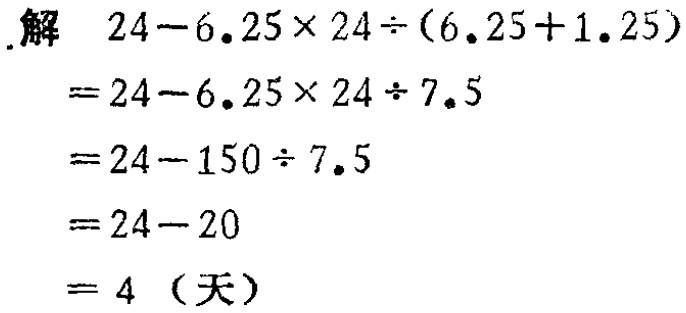
解
\[
\begin{align*}
&24 - 6.25\times24\div(6.25 + 1.25)\\
=&24 - 6.25\times24\div7.5\\
=&24 - 150\div7.5\\
=&24 - 20\\
=&4 \text{（天）}
\end{align*}
\]